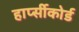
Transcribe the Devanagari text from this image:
हार्प्सीकोर्ड